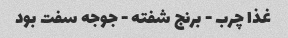
غذا چرب - برنج شفته - جوجه سفت بود